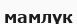
мамлүк